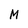
Character: M